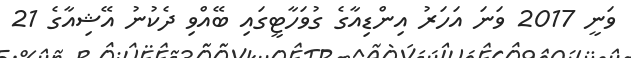
ވަނީ 2017 ވަނަ އަހަރު އިންޑިއާގެ ގުވަހާޓީގައި ބޭއްވި ދެކުނު އޭޝިއާގެ 21